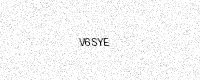
Text: V6SYE